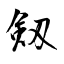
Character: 剱